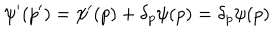
\psi ^ { \prime } ( p ^ { \prime } ) = \psi ^ { \prime } ( p ) + \delta _ { p } \psi ( p ) = \delta _ { p } \psi ( p )